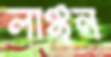
লাঞ্ছন